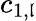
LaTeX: c_{1,\mathfrak{l}}